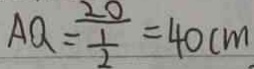
A Q = \frac { 2 0 } { \frac { 1 } { 2 } } = 4 0 c m